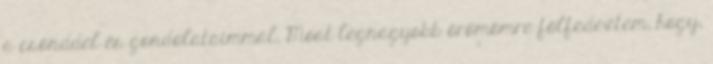
a csönddel és gondolataimmal. Most legnagyobb örömömre fölfedeztem, hogy,